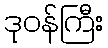
ဒုဝန်ကြီး